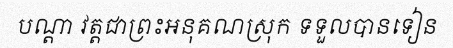
បណ្តា វត្តជាព្រះអនុគណស្រុក ទទួលបានទៀន